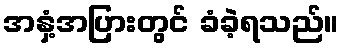
အနှံ့အပြားတွင် ခံခဲ့ရသည်။